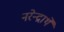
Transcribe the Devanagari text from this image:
नरेन्द्रार्थे